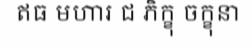
ឥធ មហារ ជ ភិក្ខុ ចក្ខុនា